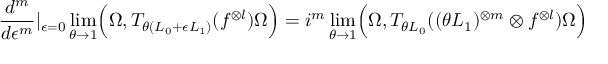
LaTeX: \frac { d ^ { m } } { d \epsilon ^ { m } } \vert _ { \epsilon = 0 } \operatorname * { l i m } _ { \theta \to 1 } \Bigl ( \Omega , T _ { \theta ( { \cal L } _ { 0 } + \epsilon { \cal L } _ { 1 } ) } ( f ^ { \otimes l } ) \Omega \Bigr ) = i ^ { m } \operatorname * { l i m } _ { \theta \to 1 } \Bigl ( \Omega , T _ { \theta { \cal L } _ { 0 } } ( ( \theta { \cal L } _ { 1 } ) ^ { \otimes m } \otimes f ^ { \otimes l } ) \Omega \Bigr )